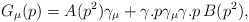
\begin{align*}G_\mu (p)=A(p^2)\gamma _\mu +\gamma .p\gamma _\mu \gamma .p\,B(p^2),\end{align*}